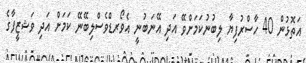
އަތޮޅުން 40 ހާސްރުފިޔާ ލިބުނުކަމަށްވޭ އަދި އޭނަބުނީ އެވޯރޑްވެސްލިބޭނޭ ކަމަށް އަދި ވަޝޒީފާގެ